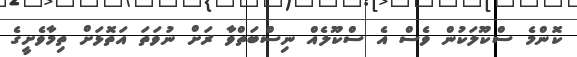
ކޮންމެ ސްކޫލަކުން ވެސް އެ ސްކޫލެއް ނިސްބަތްވާ ރަށް ނުވަތަ އަތޮޅަށް ތިމާވެށީގެ